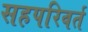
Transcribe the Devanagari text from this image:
सहपरिवर्त